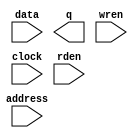
module bram_21 (
		input  wire [20:0] data,    //    data.datain
		output wire [20:0] q,       //       q.dataout
		input  wire [10:0] address, // address.address
		input  wire        wren,    //    wren.wren
		input  wire        clock,   //   clock.clk
		input  wire        rden     //    rden.rden
	);
endmodule